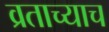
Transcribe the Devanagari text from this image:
व्रताच्याच